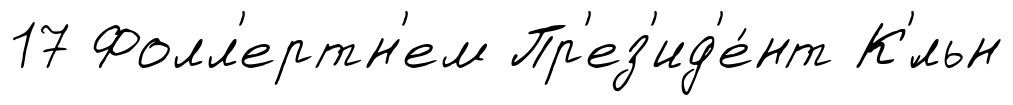
17 Фолл'ертн'ем Пр'ез'ид'е́нт К'́льн